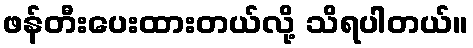
ဖန်တီးပေးထားတယ်လို့ သိရပါတယ်။